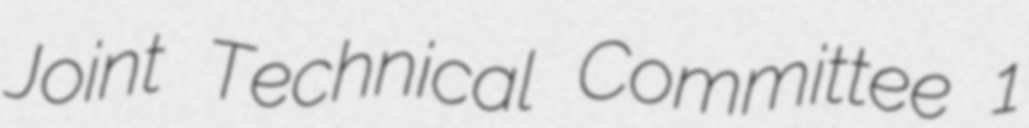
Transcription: Joint Technical Committee 1